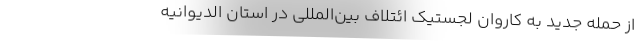
از حمله جدید به کاروان لجستیک ائتلاف بین‌المللی در استان الدیوانیه